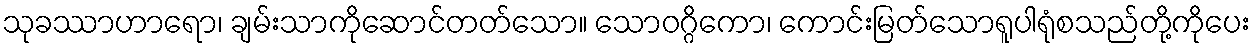
သုခဿာဟာရော၊ ချမ်းသာကိုဆောင်တတ်သော။ သောဝဂ္ဂိကော၊ ကောင်းမြတ်သောရူပါရုံစသည်တို့ကိုပေး